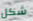
شكل